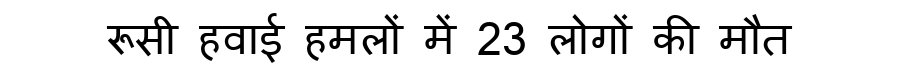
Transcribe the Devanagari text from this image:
रूसी हवाई हमलों में 23 लोगों की मौत